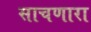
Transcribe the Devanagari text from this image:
साचणारा